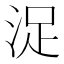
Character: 浞